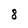
Character: 8